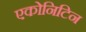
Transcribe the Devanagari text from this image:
एकोनिटिन